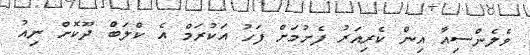
ވެލެންސިއާ އިން ކެރިއަރު ފެށުމަށް ފަހު އަކުރަމް އެ ކްލަބް ދޫކޮށް ނިއު